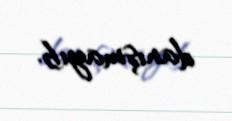
danışmayıb.